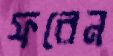
ফরেন